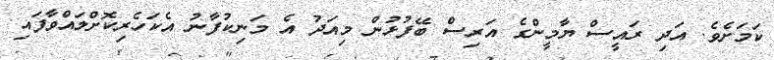
ކަމަށެވެ. އަދި ރައީސް ޔާމީންގެ އަރިސް ބޭފުޅުން މިއަދު އެ މަނިކުފާނު އެކަހެރިކޮށްލައްވާފައި